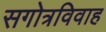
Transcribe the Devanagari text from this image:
सगोत्रविवाह